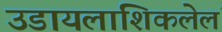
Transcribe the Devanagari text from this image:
उडायलाशिकलेलं